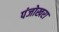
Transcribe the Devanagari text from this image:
पंजोखरा